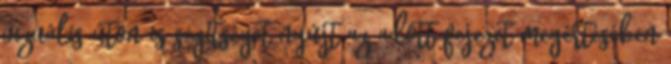
vizuális úton is segítséget nyújt az adott fejezet megértésében